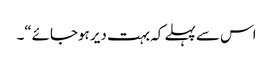
اس سے پہلے کہ بہت دیر ہوجائے“۔